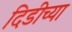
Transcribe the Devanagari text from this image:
दिडीच्या